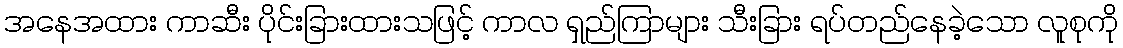
အနေအထား ကာဆီး ပိုင်းခြားထားသဖြင့် ကာလ ရှည်ကြာများ သီးခြား ရပ်တည်နေခဲ့သော လူစုကို